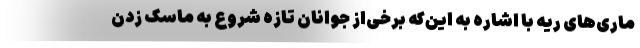
ماری‌های ریه با اشاره به این‌که برخی‌از جوانان تازه شروع به ماسک زدن